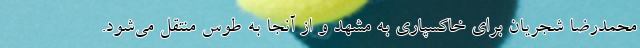
محمدرضا شجریان برای خاکسپاری به مشهد و از آنجا به طوس منتقل می‌شود.